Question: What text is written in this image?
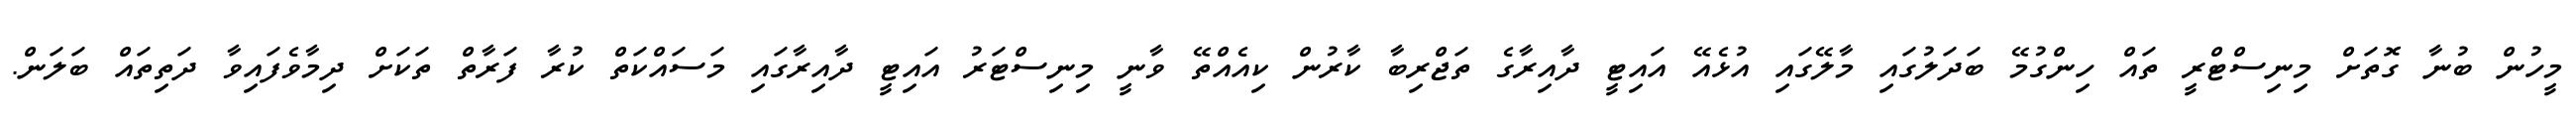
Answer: މީހުން ބުނާ ގޮތަށް މިނިސްޓްރީ ތައް ހިންގުމޭ ބަދަލުގައި މާލޭގައި އުޅެއޭ އައިޓީ ދާއިރާގެ ތަޖްރިބާ ކާރުން ކިއެއްތޭ ވާނީ މިނިސްޓަރު އައިޓީ ދާއިރާގައި މަސައްކަތް ކުރާ ފަރާތް ތަކަށް ދިމާވެފައިވާ ދަތިތައް ބަލަން.